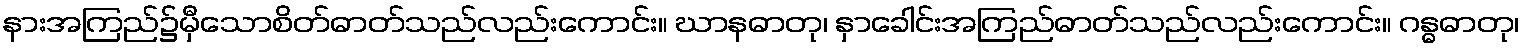
နားအကြည်၌မှီသောစိတ်ဓာတ်သည်လည်းကောင်း။ ဃာနဓာတု၊ နှာခေါင်းအကြည်ဓာတ်သည်လည်းကောင်း။ ဂန္ဓဓာတု၊